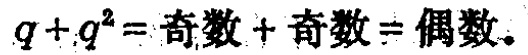
\(q + q^{2} = \text{奇数} + \text{奇数} = \text{偶数}.\)